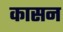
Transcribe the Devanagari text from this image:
कासन